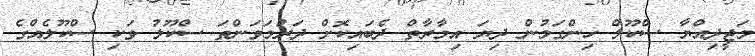
މަޖީދިއްޔާ ސްކޫލް ހިންގަމުން ދިޔަ އިމާރާތް ދެބައިކޮށް ދަރުމަވަންތަ ސްކޫލު ވަކި ސްކޫލެއްގެ